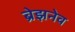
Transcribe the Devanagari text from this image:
ब्रेझनेव